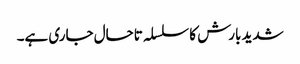
شدید بارش کا سلسلہ تاحال جاری ہے۔